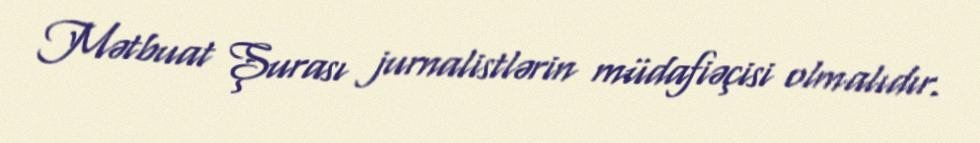
Mətbuat Şurası jurnalistlərin müdafiəçisi olmalıdır.